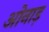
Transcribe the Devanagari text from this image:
ओनाड़